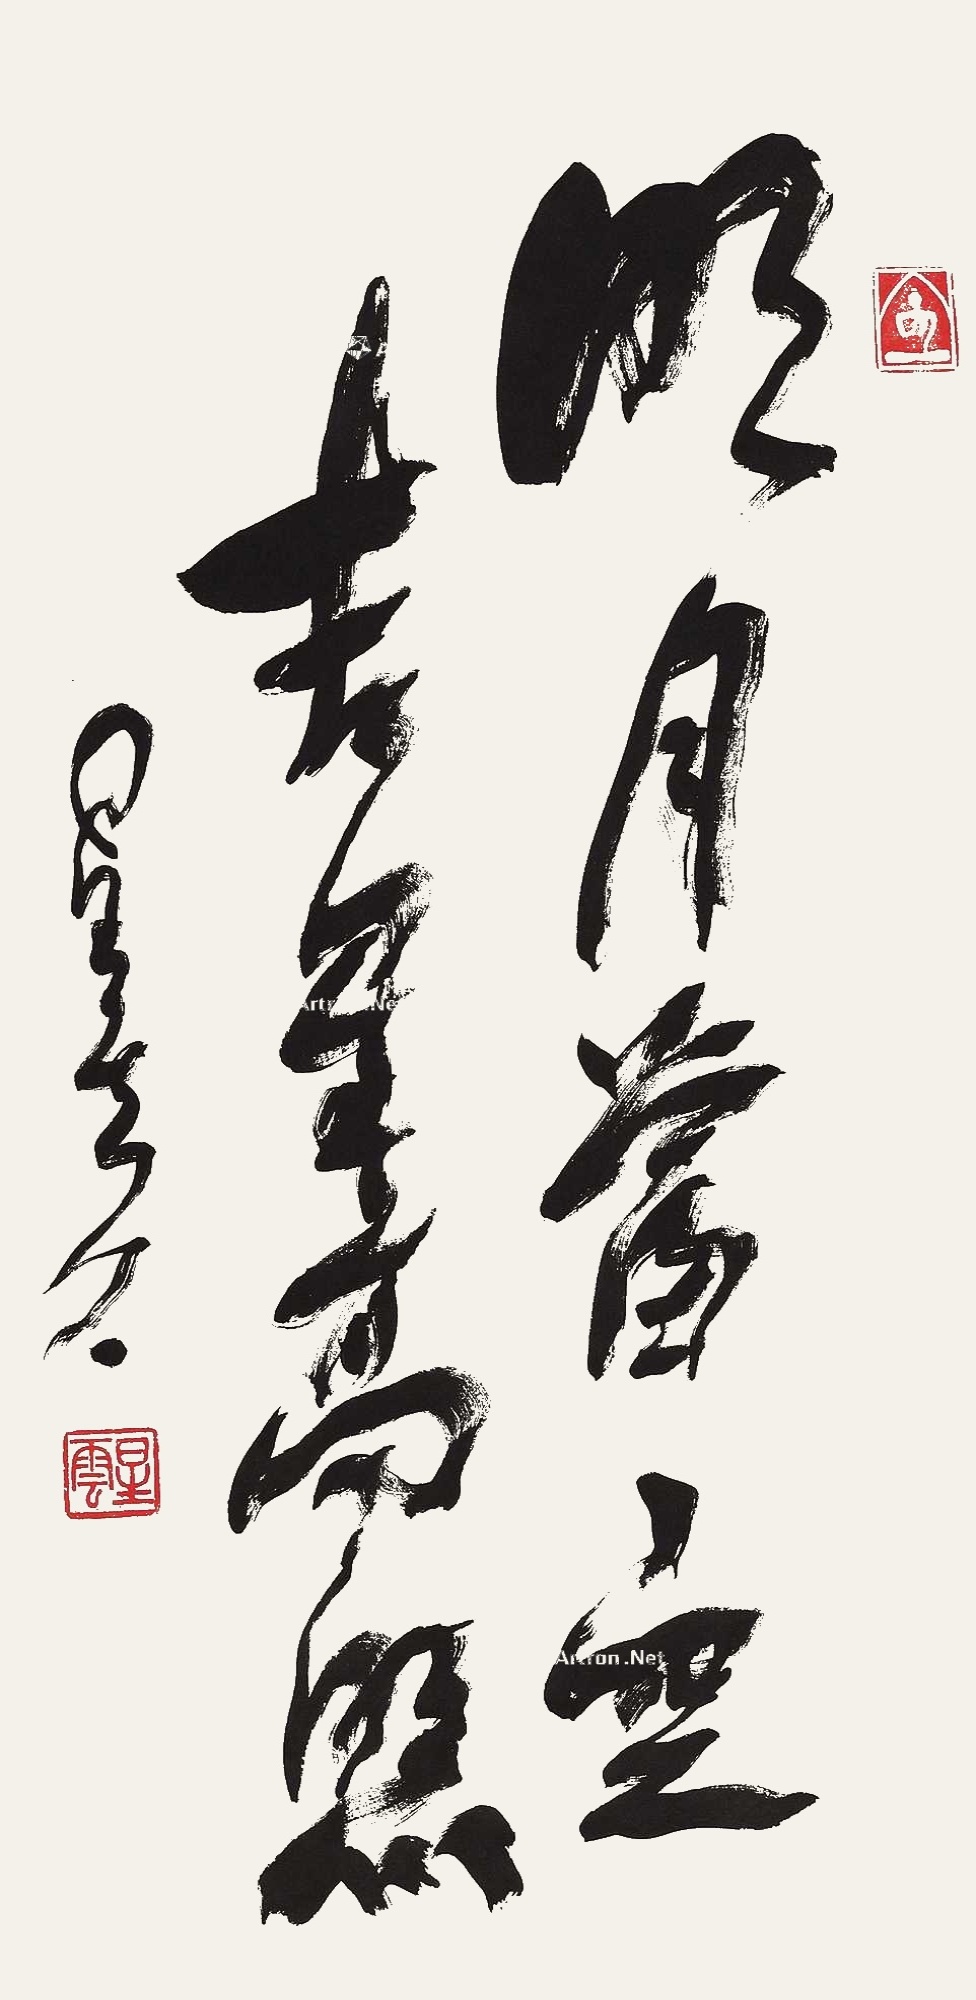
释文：明月当空吉星高照星云八八